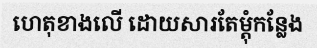
ហេតុខាងលើ ដោយសារតែម្តុំកន្លែង